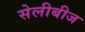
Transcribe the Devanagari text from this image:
सेलीबीज